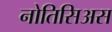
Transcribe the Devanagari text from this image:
नोतिसिअस